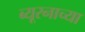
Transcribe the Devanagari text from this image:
ब्यूरनाच्या